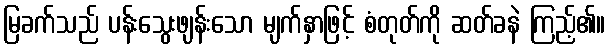
မြခက်သည် ပန်းသွေးဖျန်းသော မျက်နှာဖြင့် စံတုတ်ကို ဆတ်ခနဲ ကြည့်၏။